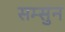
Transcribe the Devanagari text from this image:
सम्सुन